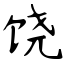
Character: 饶